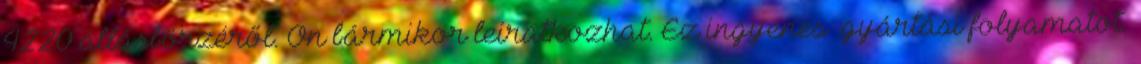
4220 állásbörzéről. Ön bármikor leiratkozhat. Ez ingyenes .gyártási folyamatot.